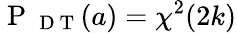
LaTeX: \mathrm{~P~}_{\mathrm{~D~T~}}(a)=\chi^{2}(2k)